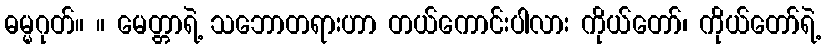
ဓမ္မဂုတ်။ ။ မေတ္တာရဲ့ သဘောတရားဟာ တယ်ကောင်းပါလား ကိုယ်တော်၊ ကိုယ်တော်ရဲ့